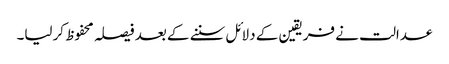
عدالت نے فریقین کے دلائل سننے کے بعد فیصلہ محفوظ کرلیا۔